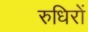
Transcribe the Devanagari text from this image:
रुधिरों